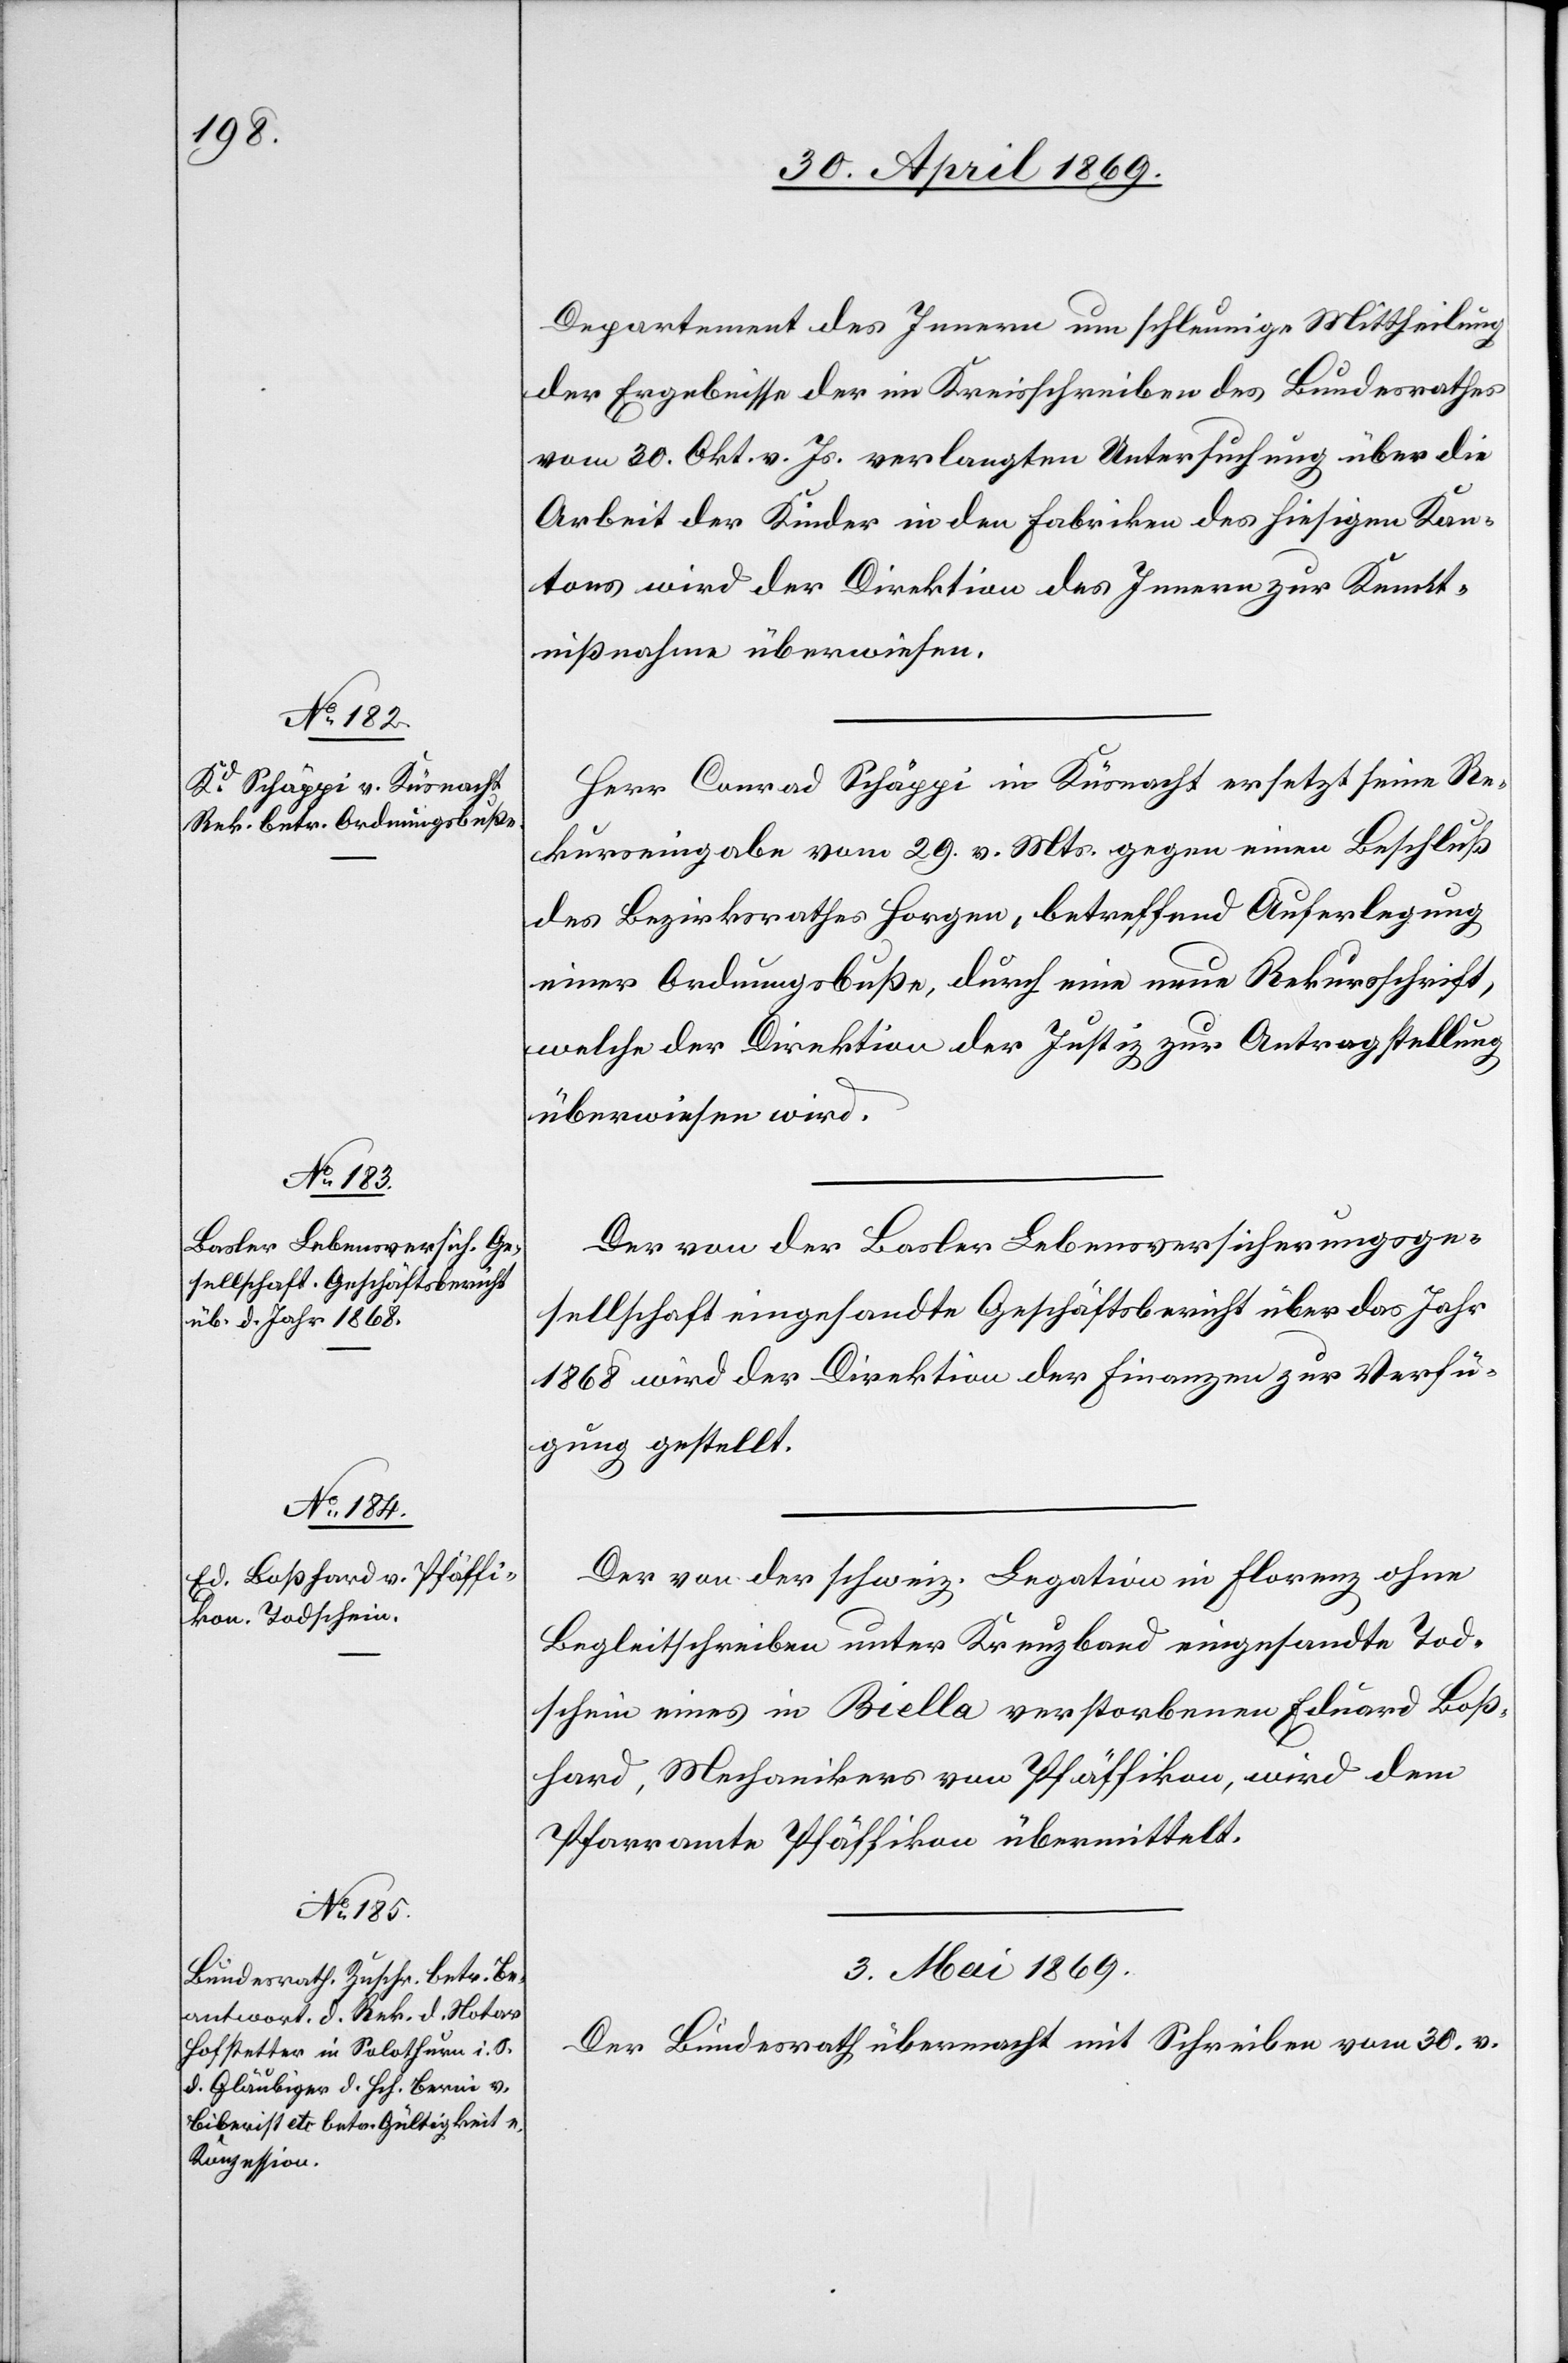
Departement des Innern um schleunige Mittheilung
der Ergebnisse der im Kreisschreiben des Bundesrathes
vom 30. Okt. v. Js. verlangten Untersuchung über die
Arbeit der Kinder in den Fabriken des hiesigen Kan¬
tons wird der Direktion des Innern zur Kennt¬
nißnahme überwiesen.
Herr Conrad Schäppi in Küsnacht ersetzt seine Re¬
kurseingabe vom 29. v. Mts. gegen einen Beschluß
des Bezirksrathes Horgen, betreffend Auferlegung
einer Ordnungsbuße, durch eine neue Rekursschrift,
welche der Direktion der Justiz zur Antragstellung
überwiesen wird.
Der von der Basler Lebensversicherungsge¬
sellschaft eingesandte Geschäftsbericht über das Jahr
1868 wird der Direktion der Finanzen zur Verfü¬
gung gestellt.
Der von der schweiz. Legation in Florenz ohne
Begleitschreiben unter Kreuzband eingesandte Tod¬
schein eines in Biella verstorbenen Eduard Boß¬
hard, Mechanikers von Pfäffikon, wird dem
Pfarramte Pfäffikon übermittelt.
3. Mai 1869.
Der Bundesrath übermacht mit Schreiben vom 30. v.